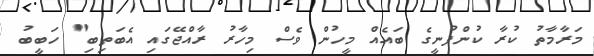
މަރާމާތު ކުރާ ކުންފުނީގެ ބައެއް މީހުން ވެސް މިހާރު ރާއްޖޭގައި އެބަތިބި" ހަބީބު